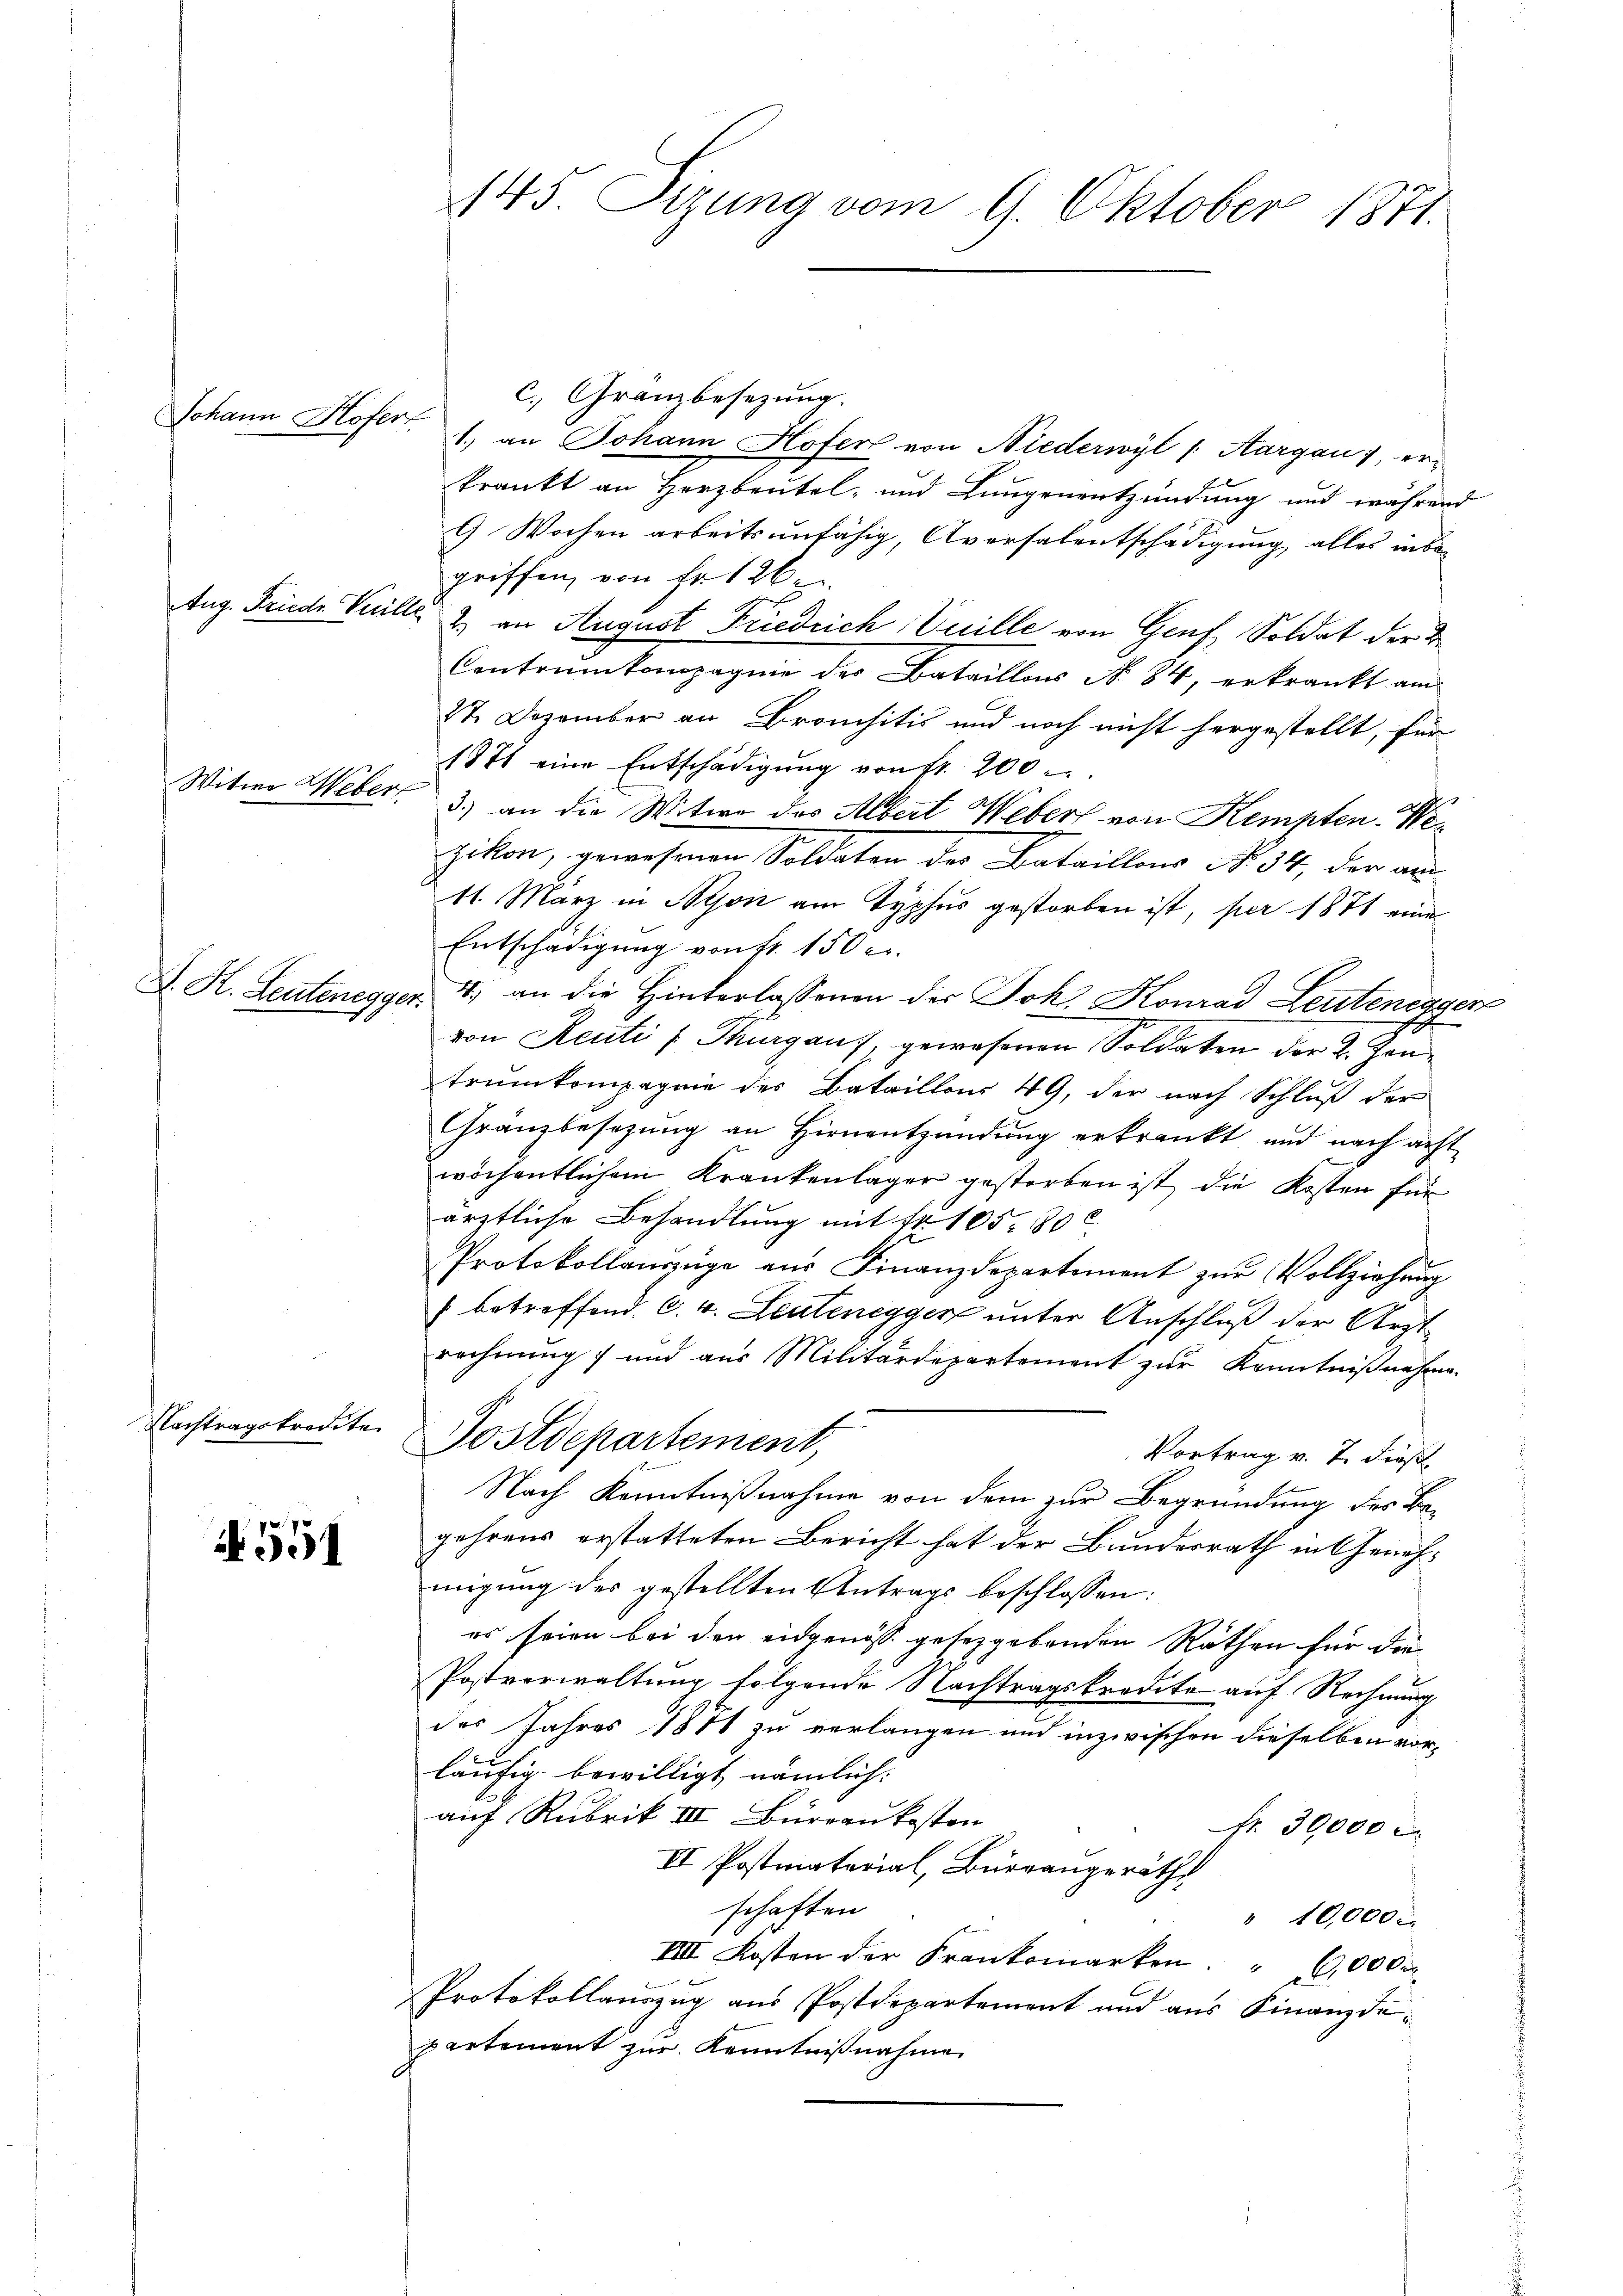
Johann Hofer

Witwe Weber

Nachtragskredite

N 551

145. Sizung vom 9. Oktober 1871.

c. Gränzbesezung.
1.) an Johann Hofer von Niederwyl /: Aargau, erkrankt an Herzbeutel- und Lungenentzündung und während
G Wochen arbeitsunfähig, Aversalentschädigung alles in begriffen, von Fr. 126
Aug. Friede Vuille & an August Friedrich Vuille von Genf, Soldat der K
Contrinkompagnie des Bataillons No. 84, erkrankt am
27. Dezember an Bronchitis und noch nicht hergestellt, für
1871 eine Entschädigung von fr. 200
3.) an die Witwe des Albert Webert von Kempten. Wezikon, gewesenen Soldaten der Bataillons No 34, der au
11. März in Nyon am Typhus gestorben ist, per 1871 eine
Entschädigung von Fr. 150 c.
D. K. Leutenegger, 4. an die Hinterlassenen der Joh. Konrad Leutenegger
i
von Reuti /: Thurgau, gewesenen Soldaten der 2. Jautrunkompagnie des Bataillons 49, der nach Schluß der
Gränzbesetzung an Hirnentzündung erkrankt und nach acht
wöchentlichem Krankenlager gestorben ist, die Kosten für
ärztliche Behandlung mit Fr. 105. 800
Protokollauszüge aus Finanzdepartement zur Vollziehung
betreffend. C. v. Leutenegger unter Anschluß der Arzt-
rechnung und aus Militärdepartement zŭr Kenntniβnahme.
Postdepartement,
Vortrag v. 7. dieß
Nach Kenntnißnahme von dem zur Begründung des Begehrens erstatteten Bericht hat der Bundesrath in Genehmigung der gestellten Antrags beschlossen:
es seien bei den eidgenöss gesetzgebenden Räthen für die
Postverwaltung folgende Nachtragskredite auf Rechnung
des Jahres 1871 zu verlangen und inzwischen dieselben vorläufig bewilligt nämlich.
auf Rubrik III Burraukosten
Fr. 30,000 c
III Postmaterial, Burgangeräths
schaften
" 10,000
IIII. Kosten der Frankomarken. " 6000
Protokollauszug aus Postdepartement und aus Finanzdepartement zur Kenntnißnahme